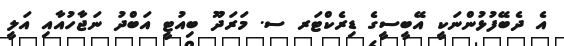
އެ ދެބޭފުޅުންނަކީ އޭބީސީގެ ޑިރެކްޓަރ ސ. މަރަދޫ ބިއުޓީ އަބްދު ނަޖާހުއާއި އަލީ